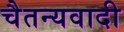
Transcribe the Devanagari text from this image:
चैतन्यवादी